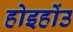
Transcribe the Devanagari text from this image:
होइहोंउ